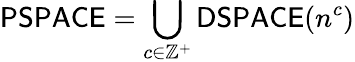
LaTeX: {\mathsf{PSPACE}}=\bigcup_{c\in\mathbb{Z}^{+}}{\mathsf{DSPACE}}(n^{c})